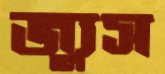
জ্যুস